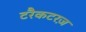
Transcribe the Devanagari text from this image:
टरैकटरज़